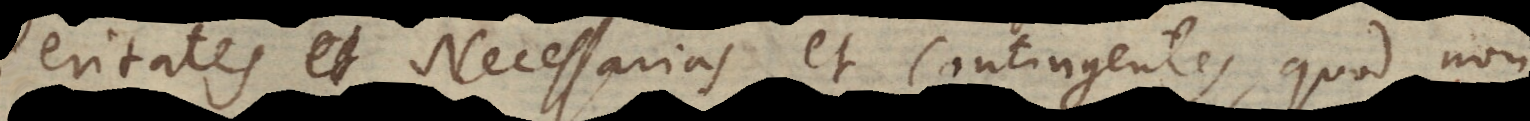
eritates Necessarias et Contingentes, quod non